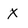
Character: X